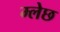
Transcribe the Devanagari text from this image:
म्लेछ